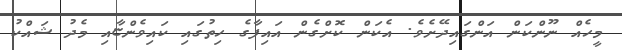
މީހެއް ނޫންކަން އަންގައިދޭށެވެ. އެކަން ކޮށްގެން އައިފާގެ ހިތުގައި ކައިވެންޏާއި މެދު ޝައްކު